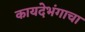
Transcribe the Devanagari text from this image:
कायदेभंगाचा